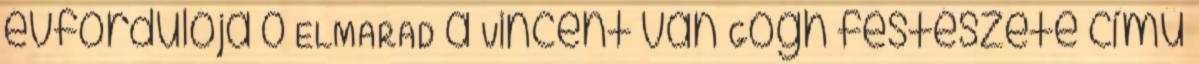
évfordulója 0 ELMARAD a Vincent van Gogh festészete című